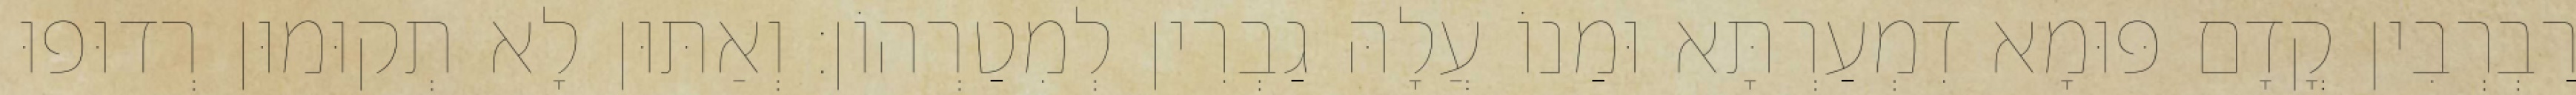
רַבְרְבִין קֳדָם פּוּמָא דִמְעַרְתָּא וּמַנוֹ עֲלָהּ גַבְרִין לְמִטַרְהוֹן׃ וְאַתּוּן לָא תְקוּמוּן רְדוּפוּ